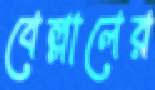
বেল্লালের